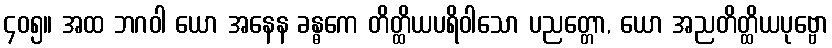
၄၀၅။ အထ ဘဂဝါ ယော အနေန ခန္ဓကေ တိတ္ထိယပရိဝါသော ပညတ္တော, ယော အညတိတ္ထိယပုဗ္ဗော